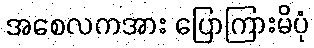
အစေလကအား ပြောကြားမိပုံ